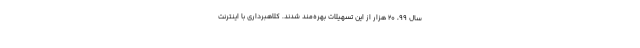
سال 99، 20 هزار از این تسهیلات بهره‌مند شدند. کلاهبرداری با اینترنت